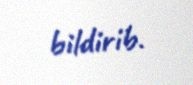
bildirib.